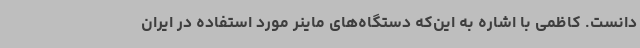
دانست. کاظمی با اشاره به این‌که دستگاه‌های ماینر مورد استفاده در ایران